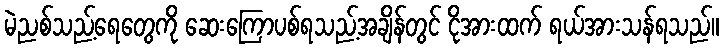
မဲညစ်သည့်ရေတွေကို ဆေးကြောပစ်ရသည့်အချိန်တွင် ငိုအားထက် ရယ်အားသန်ရသည်။